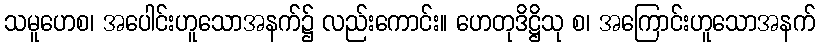
သမူဟေစ၊ အပေါင်းဟူသောအနက်၌ လည်းကောင်း။ ဟေတုဒိဋ္ဌိသု စ၊ အကြောင်းဟူသောအနက်